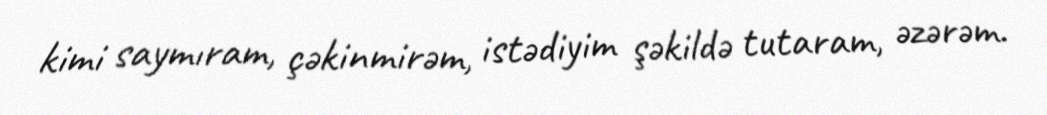
kimi saymıram, çəkinmirəm, istədiyim şəkildə tutaram, əzərəm.